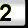
Digit: 2